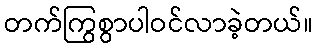
တက်ကြွစွာပါဝင်လာခဲ့တယ်။